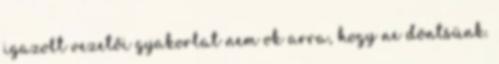
igazolt vezetői gyakorlat nem ok arra, hogy ne döntsünk.